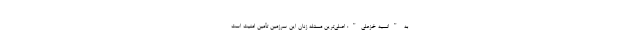
به "انسیه خزعلی": اصلی‌ترین مسئله زنان این سرزمین تأمین امنیت است